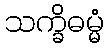
သက္ခိဓမ္မံ